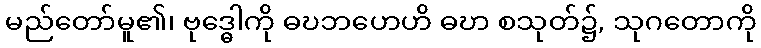
မည်တော်မူ၏၊ ဗုဒ္ဓေါကို ဓဎဘဟေဟိ ဓဎာ စသုတ်၌, သုဂတောကို